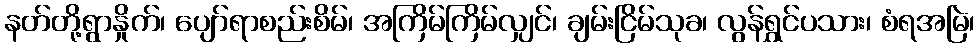
နတ်တို့ရွာနှိုက်၊ ပျော်ရာစည်းစိမ်၊ အကြိမ်ကြိမ်လျှင်၊ ချမ်းငြိမ်သုခ၊ လွန်ရွှင်ပသား၊ စံရအမြဲ၊